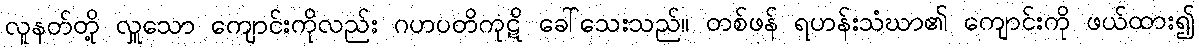
လူနတ်တို့ လှူသော ကျောင်းကိုလည်း ဂဟပတိကုဋိ ခေါ်သေးသည်။ တစ်ဖန် ရဟန်းသံဃာ၏ ကျောင်းကို ဖယ်ထား၍